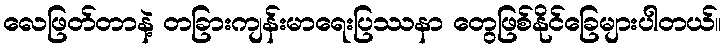
လေဖြတ်တာနဲ့ တခြားကျန်းမာရေးပြဿနာ တွေဖြစ်နိုင်ခြေများပါတယ်။